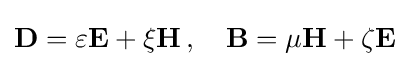
\mathbf {D} =\varepsilon \mathbf {E} +\xi \mathbf {H} \,,\quad \mathbf {B} =\mu \mathbf {H} +\zeta \mathbf {E}